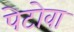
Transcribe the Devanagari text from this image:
पेटोवा